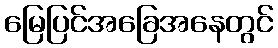
မြေပြင်အခြေအနေတွင်